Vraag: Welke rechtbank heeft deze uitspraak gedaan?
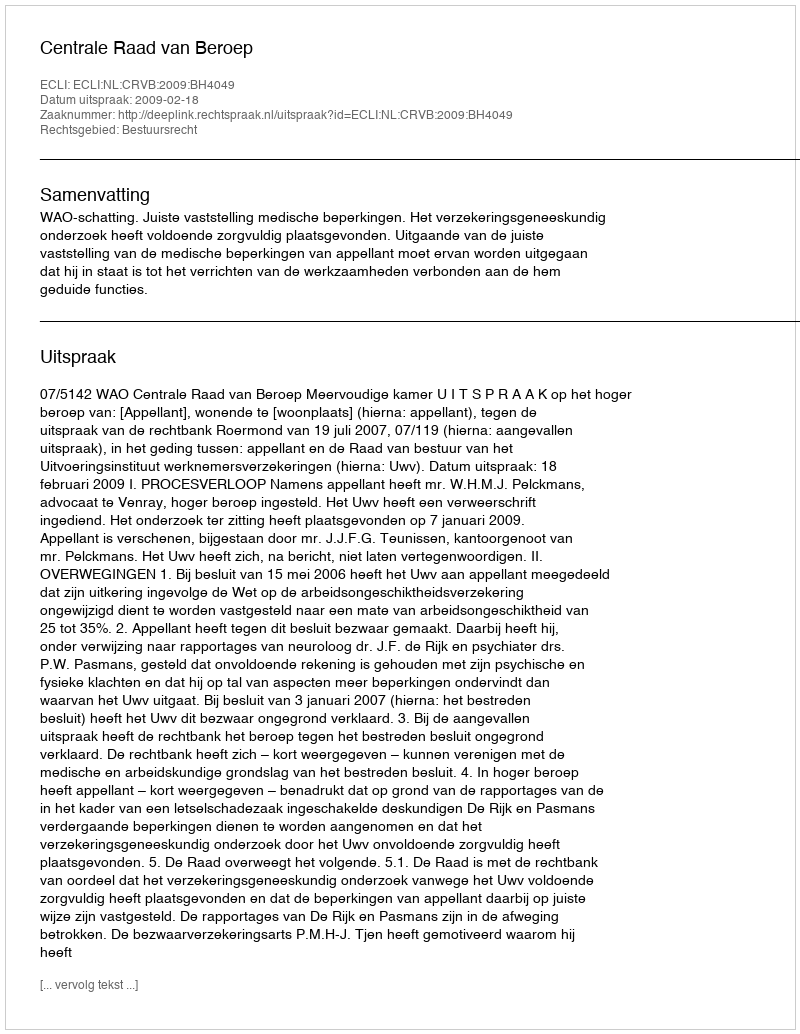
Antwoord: Centrale Raad van Beroep